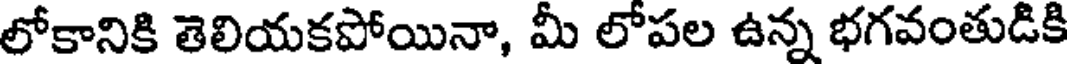
లోకానికి తెలియకపోయినా, మీ లోపల ఉన్న భగవంతుడికి